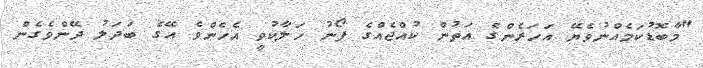
"މާބޮޑުކަމެއްނުވެޔޭ އަހަރެންގެ އަތުން ކުއްޖެއްގެ ފޯނު ހަލާކުވީ އެހެންވެ އޭގެ ބަދަލު ދޭންވެގެން